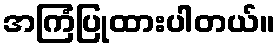
အကြံပြုထားပါတယ်။